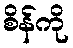
စိန်ကို